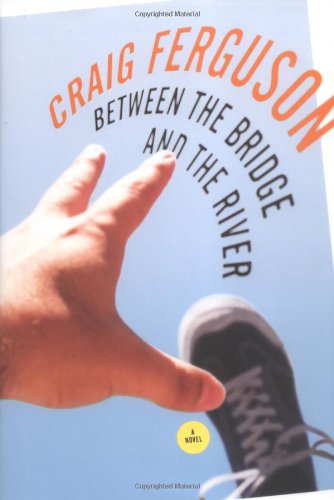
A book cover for Between the Bridge and the River; Craig Ferguson; Literature & Fiction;